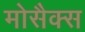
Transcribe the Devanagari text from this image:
मोसैक्स